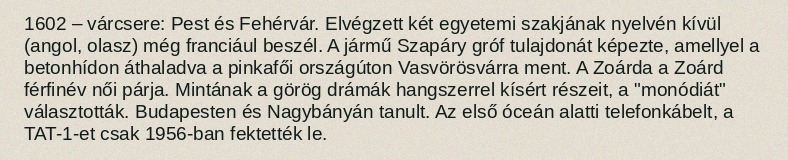
1602 – várcsere: Pest és Fehérvár. Elvégzett két egyetemi szakjának nyelvén kívül (angol, olasz) még franciául beszél. A jármű Szapáry gróf tulajdonát képezte, amellyel a betonhídon áthaladva a pinkafői országúton Vasvörösvárra ment. A Zoárda a Zoárd férfinév női párja. Mintának a görög drámák hangszerrel kísért részeit, a "monódiát" választották. Budapesten és Nagybányán tanult. Az első óceán alatti telefonkábelt, a TAT-1-et csak 1956-ban fektették le.